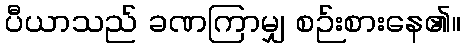
ပီယာသည် ခဏကြာမျှ စဉ်းစားနေ၏။